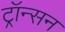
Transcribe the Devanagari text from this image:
ट्रॉन्सन